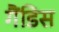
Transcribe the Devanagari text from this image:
गैंडिस